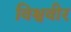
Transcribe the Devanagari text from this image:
विश्ववीर